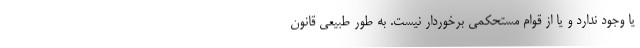
یا وجود ندارد و یا از قوام مستحکمی برخوردار نیست. به طور طبیعی قانون